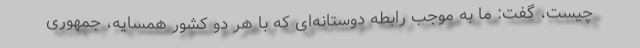
چیست، گفت: ما به موجب رابطه دوستانه‌ای که با هر دو کشور همسایه، جمهوری